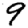
Digit: 9